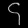
Digit: ၄